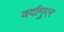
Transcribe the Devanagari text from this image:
वर्दागुएर